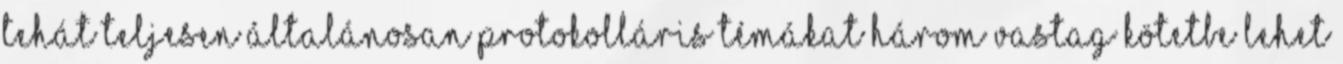
Tehát teljesen általánosan protokolláris témákat három vastag kötetbe lehet